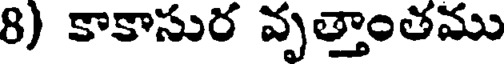
8) కాకాసుర వృత్తాంతము